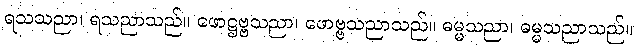
ရသသညာ၊ ရသညာသည်။ ဖောဋ္ဌဗ္ဗသညာ၊ ဖောဗ္ဗသညာသည်။ ဓမ္မသညာ၊ ဓမ္မသညာသည်။